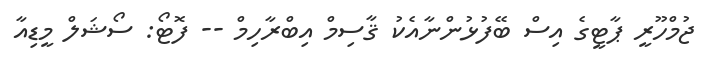
ޖުމްހޫރީ ޕާޓީގެ އިސް ބޭފުޅުންނާއެކު ޤާސިމް އިބްރާހިމް -- ފޮޓޯ: ސޯޝަލް މީޑިއާ